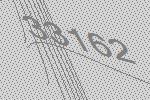
33162